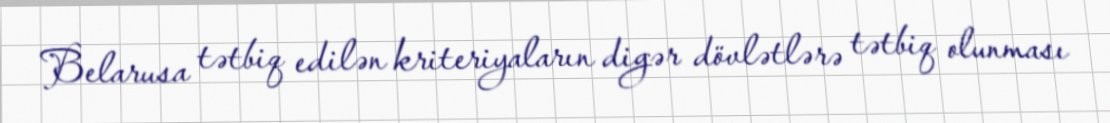
Belarusa tətbiq edilən kriteriyaların digər dövlətlərə tətbiq olunması